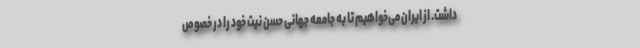
داشت. از ایران می‌خواهیم تا به جامعه جهانی حسن نیت خود را در خصوص